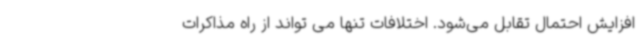
افزایش احتمال تقابل می‌شود. اختلافات تنها می ‌تواند از راه مذاکرات